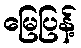
မြေပြန့်